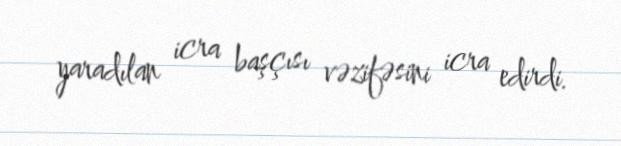
yaradılan icra başçısı vəzifəsini icra edirdi.